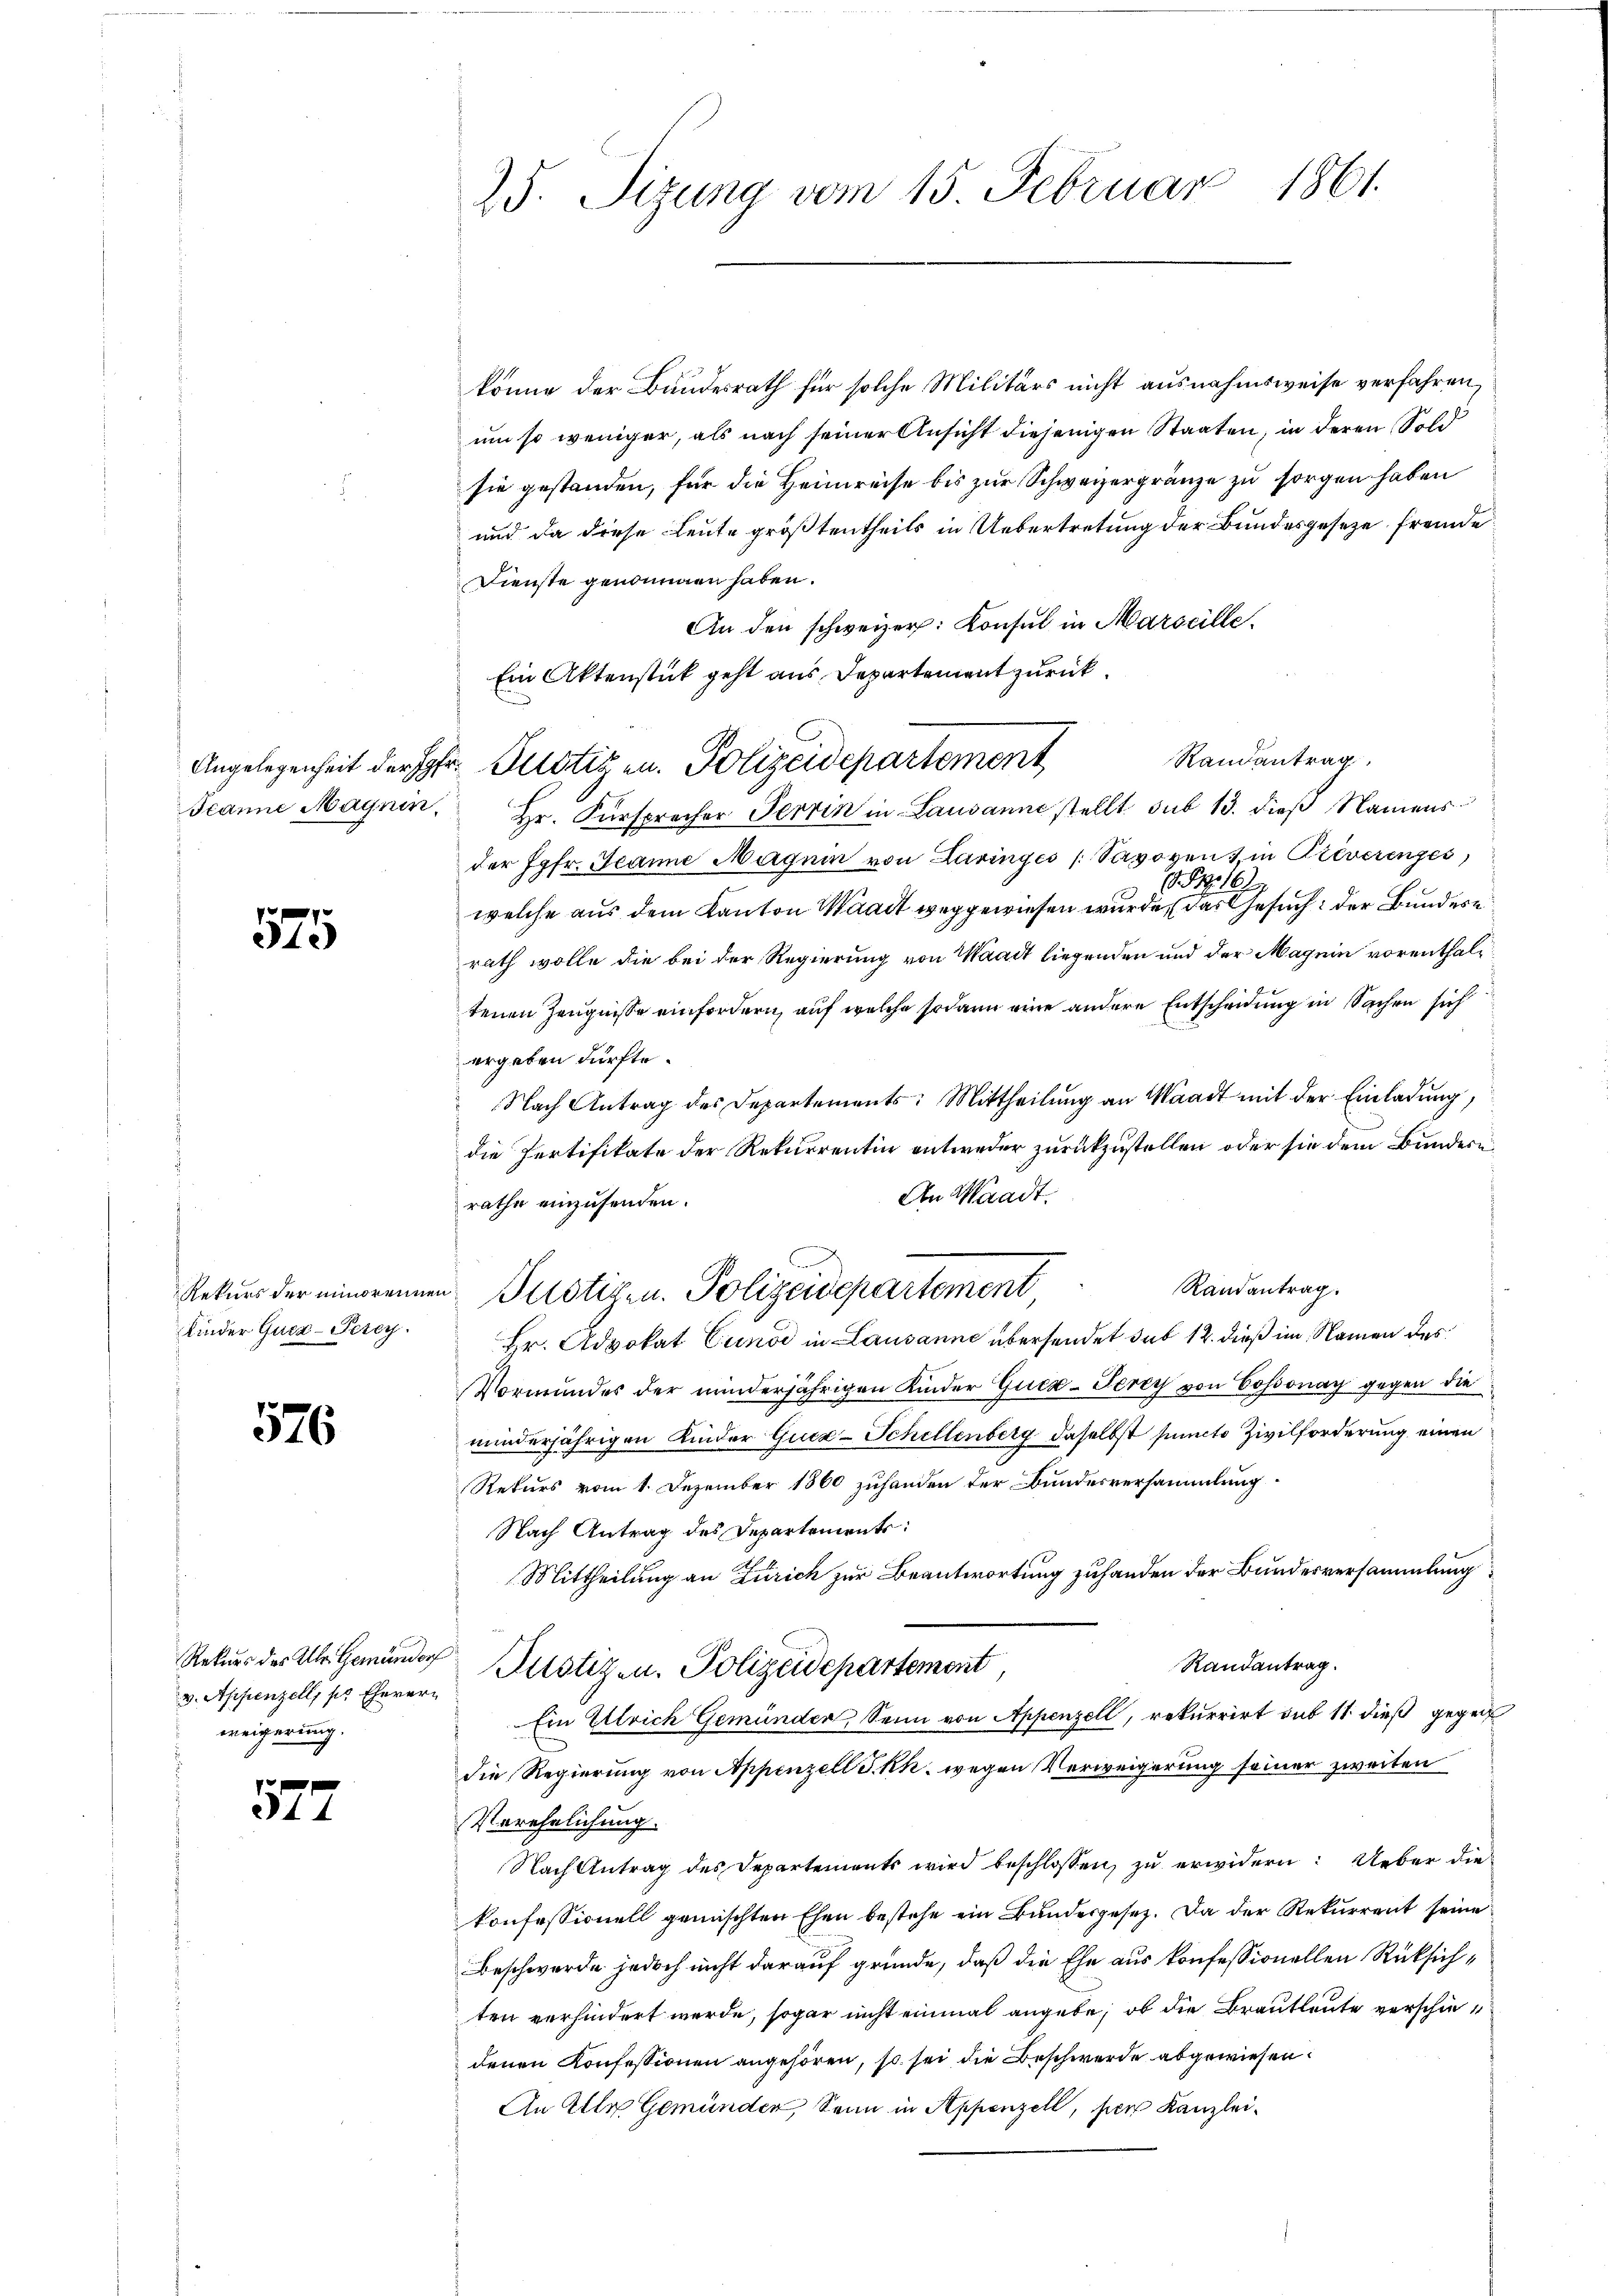
575

Kinder Guez-Perey.

576

v. Appenzell, pr Eherern
weigerung.

e
344

könne der Bundesrath für solche Militärs nicht ausnahmsweise verfahren,
um so weniger, als nach seiner Ansicht diejenigen Staaten, in deren Sold
sie gestanden, für die Heimreise bis zur Schweizergränze zu sorgen haben
und da diese Leute größtentheils in Uebertretung der Bundesgesetze fremde
Dienste genommen haben.
An den schweizer. Konsul in Marseille.
Ein Aktenstück geht aus Departement zurück.
Randantrag
Angelegenheit der pr. Potizen. Polizeidepartement
Jeanne Magnin. Hr. Fürsprecher Terrin in Lausanne stellt sub 13. dieß Namens
der Jgfr. Jeanne Magnin von Daringes Savoyen & in Preverenges
. S. 16.
welche aus dem Kanton Waadt weggewiesen wurde, das Gesuch der Bundese
rath wolle die bei der Regierung von Waadt liegenden und der Magnin vorenthaltenen Zeugnisse einfordern, auf welche sodann eine andere Entscheidung in Sachen sich
ergeben dürfte.
Nach Antrag des Departements: Mittheilung an Waadt mit der Einladung,
die Pertifikate der Rekurrentin entweder zurückzustellen oder sie dem Bundern
An Waadt.
rathe einzusenden.
Randantrag.
Rekurs der einbrennen Plistigen. Polizeidepartement
Hr. Advokat Cunod in Lausanne übersendet sub 12. dieß im Namen des
Vormundes der minderjährigen Kinder Gucz-Ferey von Cossonay gegen die
minderjährigen Kinder Gucz-Schillenberg daselbst puncto Zivilforderung einen
Rekurs vom 1. Dezember 1860 zuhanden der Bundesversammlung
Nach Antrag des Departemente:
Mittheilung an Zürich zur Beantwortung zuhanden der Bundesversammlung
Randantrag.
Rekurs der Ah. Gemeinder Justiz- u. Polizeidepartemont
Ein Ulrich Gemünder, Senn von Appenzell, rekurrirt sub 11 dieß gegen
die Regierung von Appenzell I.Rh. wegen Verweigerung seiner zweiten
Verehelichung.
Nach Antrag des Departements wird beschlossen, zŭ erwidern: Ueber die
konfessionell gemischten Ehen bestehe ein Bundesgesez. Da der Rekurrent seine
Beschwerde jedoch nicht darauf gründe, daß die Ehe aus konfessionellen Rüksichten verhindert werde, sogar nicht einmal angebe, ob die Brautleute verschiedenen Konfessionen angehören, so sei die Beschwerde abgewiesen.
An Alle Gemünder, Senn in Appenzell, per Kanzlei¬

1861.
25. Sizung vom 15. Februar